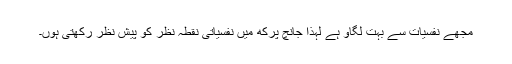
مجھے نفسیات سے بہت لگاؤ ہے لہٰذا جانچ پرکھ میں نفسیاتی نقطہ نظر کو پیش نظر رکھتی ہوں۔